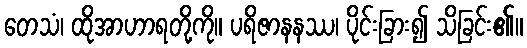
တေသံ၊ ထိုအာဟာရတို့ကို။ ပရိဇာနနဿ၊ ပိုင်းခြား၍ သိခြင်း၏။